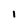
Character: 1